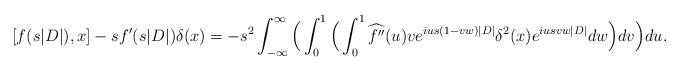
LaTeX: \begin{align*} [f(s|D|),x]-sf'(s|D|)\delta(x) =-s^2\int_{-\infty}^{\infty}\Big(\int_0^1\Big(\int_0^1\widehat{f''}(u)ve^{ius(1-vw)|D|}\delta^2(x)e^{iusvw|D|}dw\Big)dv\Big)du. \end{align*}